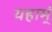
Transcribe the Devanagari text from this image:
यहाम्ं